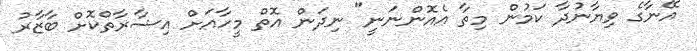
އޭނާގެ ވިޔާނުދާ ކަމުން މިތާ އެއޮންނަނީ" ނިދަން އޮތް މީހާއަށް އިޝާރާތްކޮށް ބާޒާރު